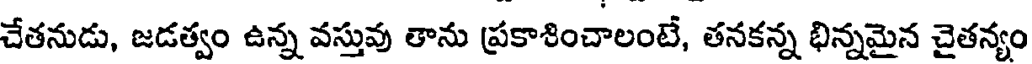
చేతనుడు, జడత్వం ఉన్న వస్తువు తాను ప్రకాశించాలంటే, తనకన్న భిన్నమైన చైతన్యం